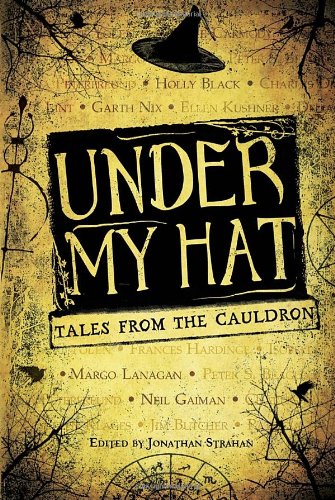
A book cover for Under My Hat: Tales from the Cauldron; Jonathan Strahan; Teen & Young Adult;